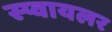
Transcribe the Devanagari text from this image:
स्प्वायलर